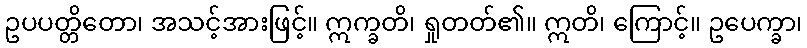
ဥပပတ္တိတော၊ အသင့်အားဖြင့်။ ဣက္ခတိ၊ ရှုတတ်၏။ ဣတိ၊ ကြောင့်။ ဥပေက္ခာ၊